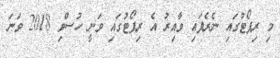
މި ރިޕޯޓުގައި ނެރެފައި ވާއިރު އެ ރިޕޯޓުގައި ވަނީ ހުސްވި 2018 ވަނަ